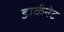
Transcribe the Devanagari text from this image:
डार्कनेट